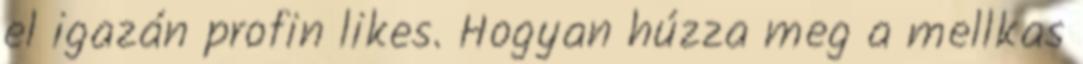
el igazán profin likes. Hogyan húzza meg a mellkas